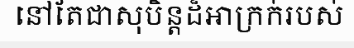
នៅតែជាសុបិន្តដ៏អាក្រក់របស់